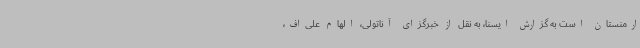
ارمنستان است به گزارش ایسنا، به نقل از خبرگزای آناتولی، الهام علی‌اف،